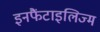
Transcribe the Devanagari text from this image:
इनफैंटाइलिज्म